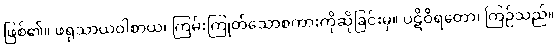
ဖြစ်၏။ ဖရုသာယဝါစာယ၊ ကြမ်းကြုတ်သောစကားကိုဆိုခြင်းမှ။ ပဋိဝိရတော၊ ကြဉ်သည်။